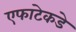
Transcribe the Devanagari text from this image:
एफाटेकडे